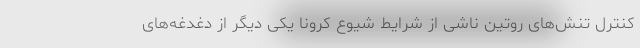
کنترل تنش‌های روتین ناشی از شرایط شیوع کرونا یکی دیگر از دغدغه‌های